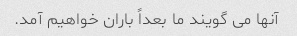
آنها می گویند ما بعداً باران خواهیم آمد.